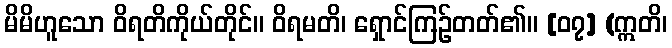
မိမိဟူသော ဝိရတိကိုယ်တိုင်။ ဝိရမတိ၊ ရှောင်ကြဉ်တတ်၏။ [၀၇] (ဣတိ၊